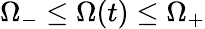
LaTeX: \Omega_{-}\leq\Omega(t)\leq\Omega_{+}